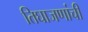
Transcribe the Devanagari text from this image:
तिघाजणांची